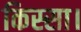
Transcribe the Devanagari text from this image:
किस्सा।